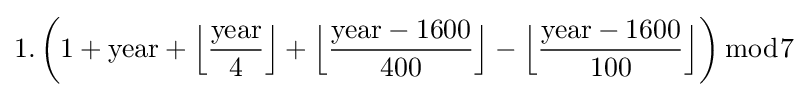
1.\left(1+{\text{year}}+{\Big \lfloor }{\frac {\text{year}}{4}}{\Big \rfloor }+{\Big \lfloor }{\frac {{\text{year}}-1600}{400}}{\Big \rfloor }-{\Big \lfloor }{\frac {{\text{year}}-1600}{100}}{\Big \rfloor }\right){\bmod {7}}